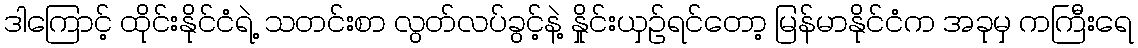
ဒါကြောင့် ထိုင်းနိုင်ငံရဲ့ သတင်းစာ လွတ်လပ်ခွင့်နဲ့ နှိုင်းယှဉ်ရင်တော့ မြန်မာနိုင်ငံက အခုမှ ကကြီးရေ